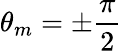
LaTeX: \theta_{m}=\pm\frac{\pi}{2}